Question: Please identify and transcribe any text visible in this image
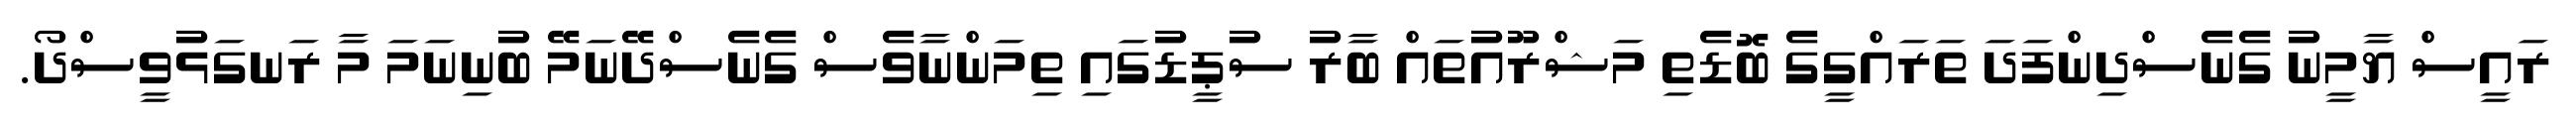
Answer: ރައީސް ޔާމީނު ގެނެސްދިންފަދަ ތަރައްގީގެ ބޮޑެތި މަޝްރޫއުތައް ބާރު ސުޕީޑުގައި ތިމަންނާވެސް ގެނެސްދޭނަމޭ ބުނިނަމަ މާ ރަނގަޅުވީސްދޯ.